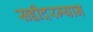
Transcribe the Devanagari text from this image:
सद्दीदरम्यान